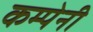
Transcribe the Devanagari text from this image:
कम्पेनी